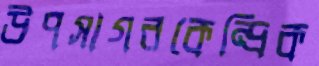
উপসাগরকেন্দ্রিক